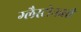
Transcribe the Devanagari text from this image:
ग्लैस्टोनबरी